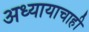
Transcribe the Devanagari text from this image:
अध्यायाचाही